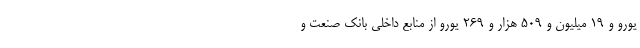
یورو و 19 میلیون و 509 هزار و 269 یورو از منابع داخلی بانک صنعت و